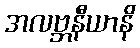
အလဗ္ဘနီယာနိ